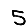
Digit: 5